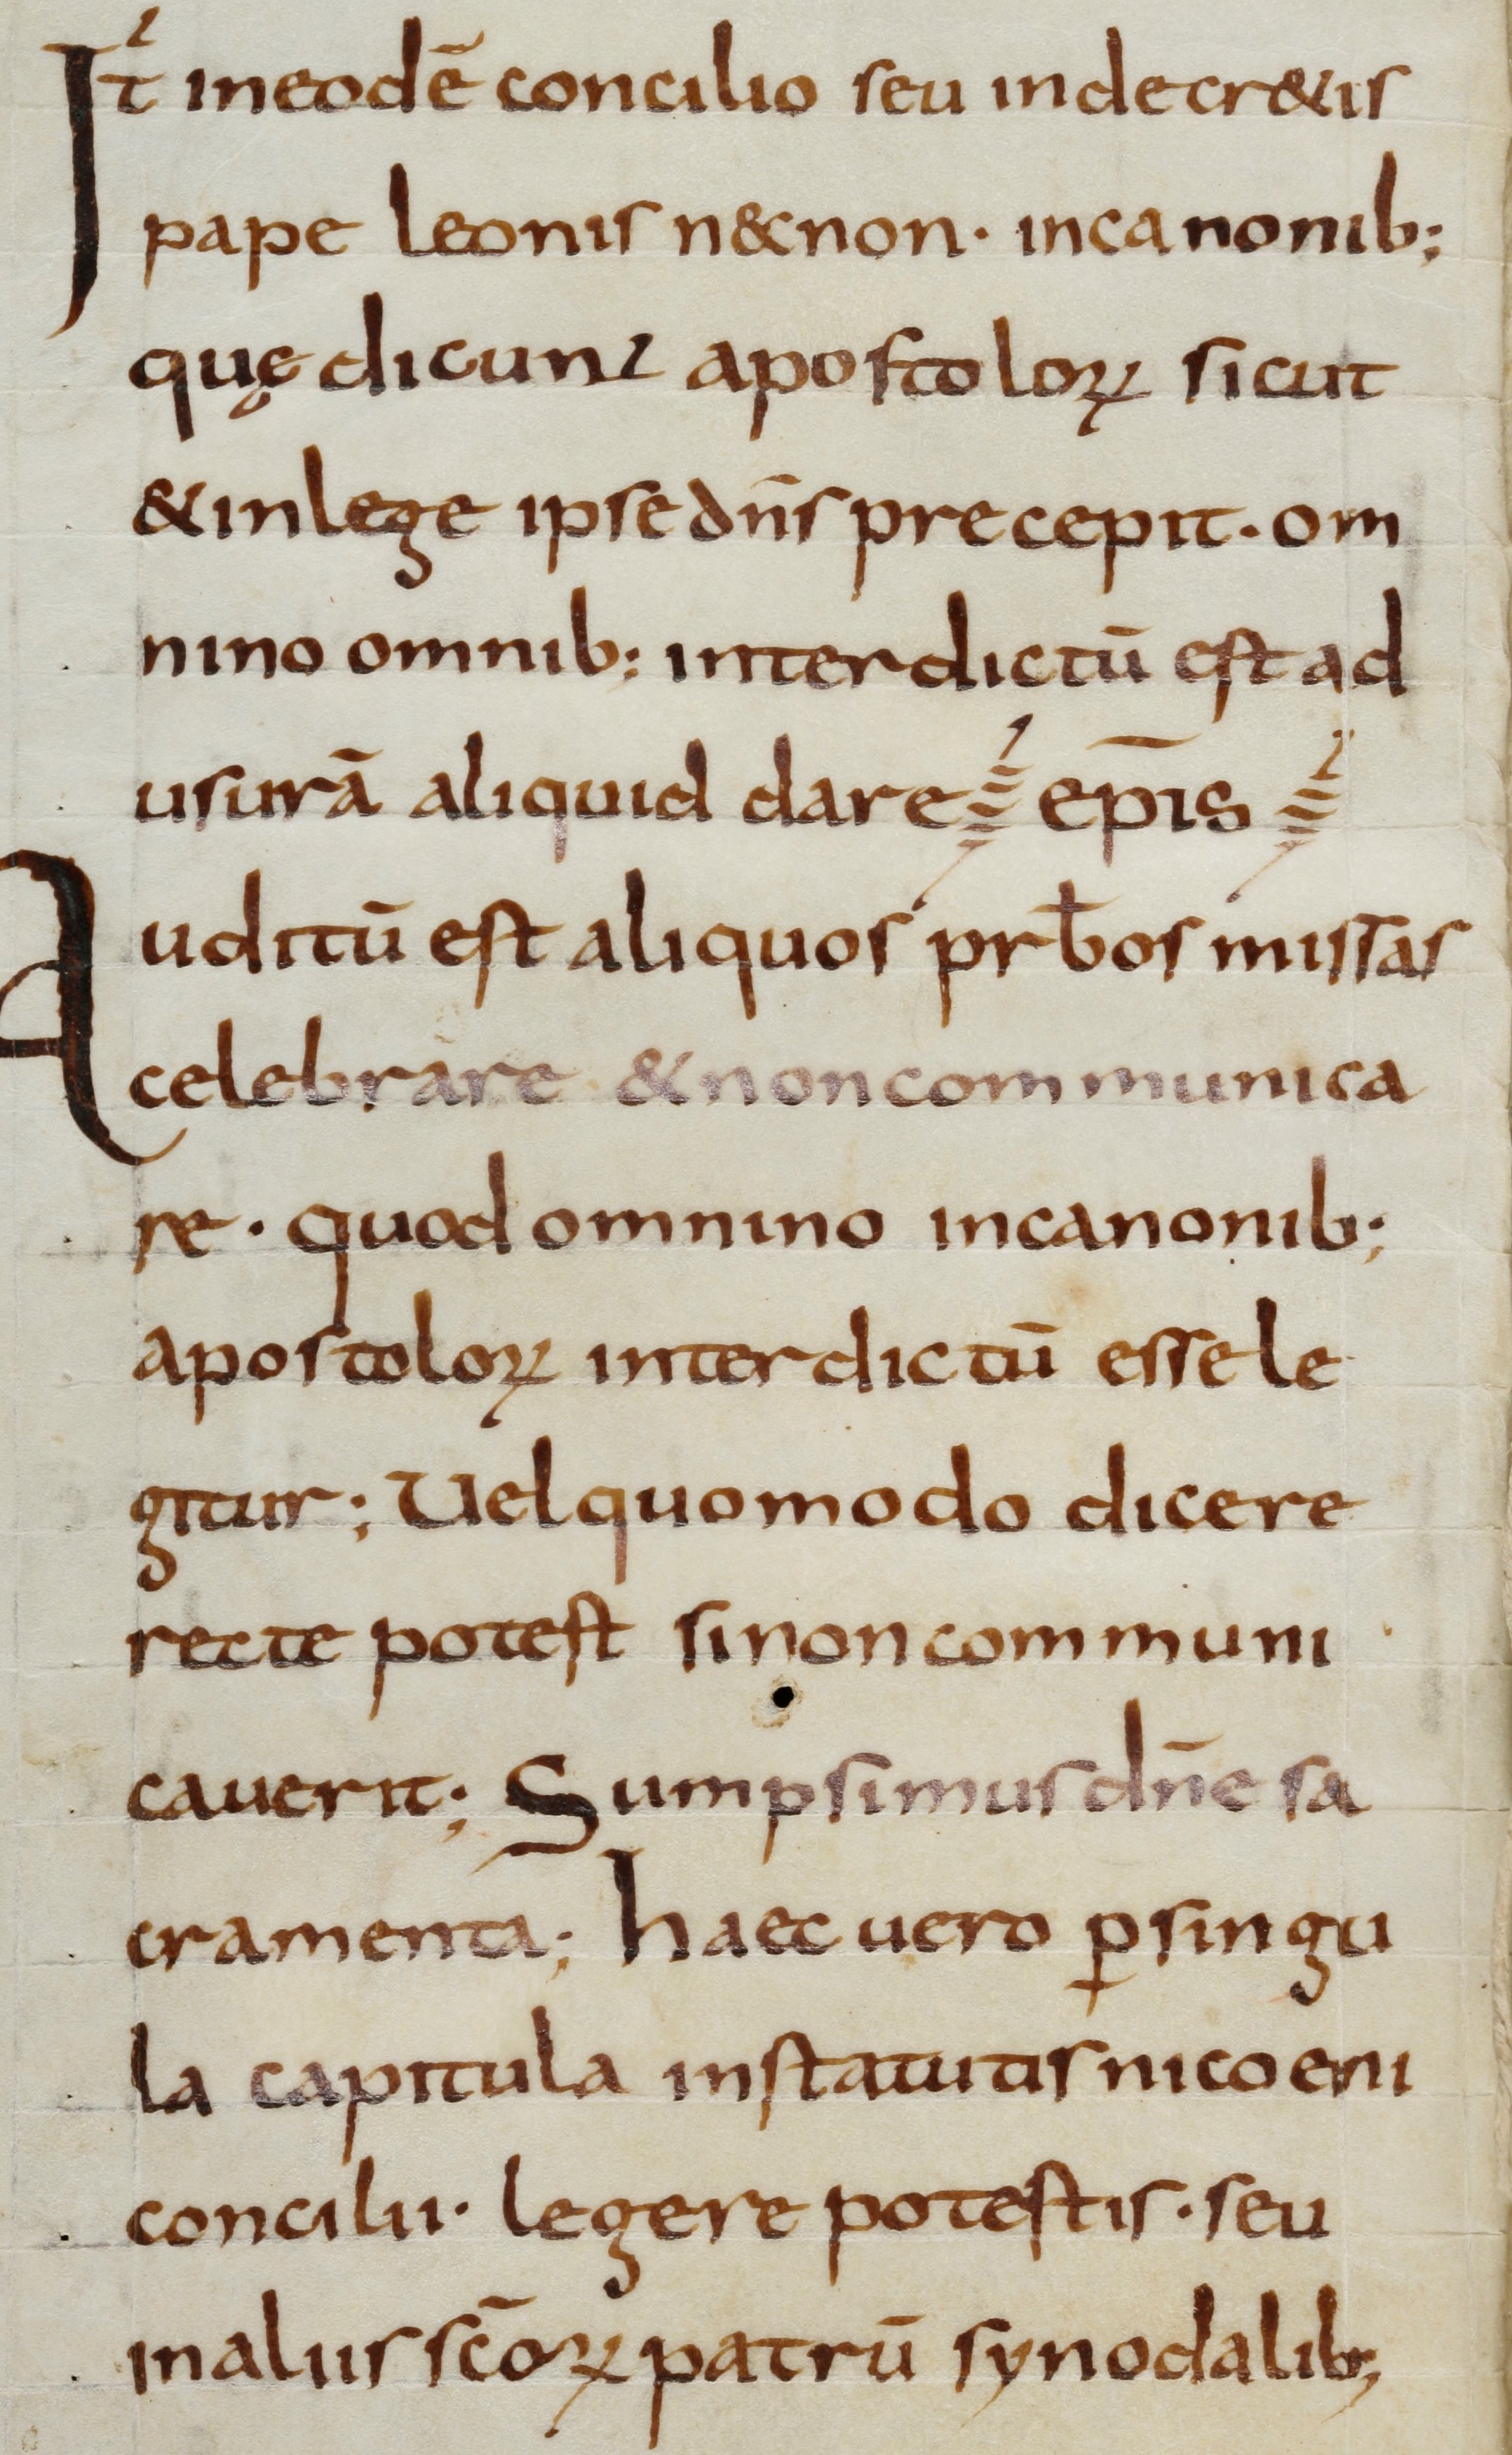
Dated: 800–825